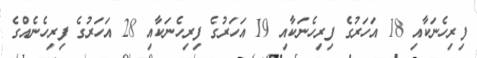
ފިރިހެނަކާއި 18 އަހަރުގެ ފިރިހެނަކާއި 19 އަހަރުގެ ފިރިހެނަކާއި 28 އަހަރުގެ ފިރިހެނެއްގެ